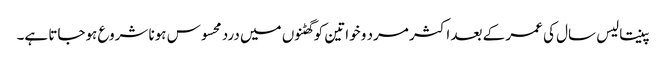
پینتالیس سال کی عمر کے بعد اکثر مرد و خواتین کو گھٹنوں میں درد محسوس ہونا شروع ہوجاتا ہے۔